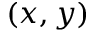
( x , y )